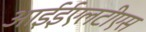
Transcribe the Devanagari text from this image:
आईईएलटीएस